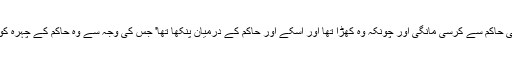
چنانچہ اس نے بھی حاکم سے کرسی مانگی اور چونکہ وہ کھڑا تھا اور اسکے اور حاکم کے درمیان پنکھا تھا' جس کی وجہ سے وہ حاکم کے چہرہ کو دیکھ نہ سکتا تھا۔